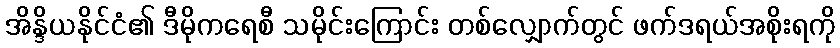
အိန္ဒိယနိုင်ငံ၏ ဒီမိုကရေစီ သမိုင်းကြောင်း တစ်လျှောက်တွင် ဖက်ဒရယ်အစိုးရကို